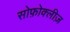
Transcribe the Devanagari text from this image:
सोफ़ोक्लीज़